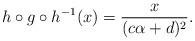
LaTeX: \begin{align*}h \circ g \circ h^{-1} (x) = \frac{x}{(c\alpha + d)^2} .\end{align*}